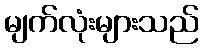
မျက်လုံးများသည်